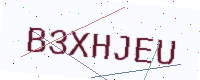
Text: B3XHJEU